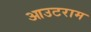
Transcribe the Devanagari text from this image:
आउटराम